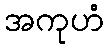
အကုဟံ